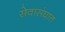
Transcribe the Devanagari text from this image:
सेवासंघात